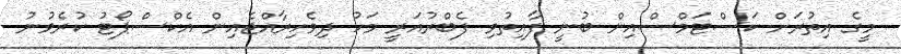
މީގެ އިތުރަށް ކަސްޓަމްސްއިން ބުނީ ފާއިތުވި ފެބްރުއަރީ މަހު ދިވެހިރާއްޖެއިން އެކްސްޕޯޓު ކުރެވުނު